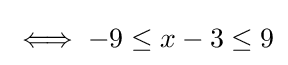
\iff -9\leq x-3\leq 9